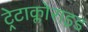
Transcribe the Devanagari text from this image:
ट्रेटाक्लोराइड